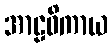
အာဠဝိကာယ